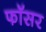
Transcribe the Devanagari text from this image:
फॉसर